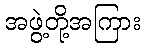
အဖွဲ့တို့အကြား